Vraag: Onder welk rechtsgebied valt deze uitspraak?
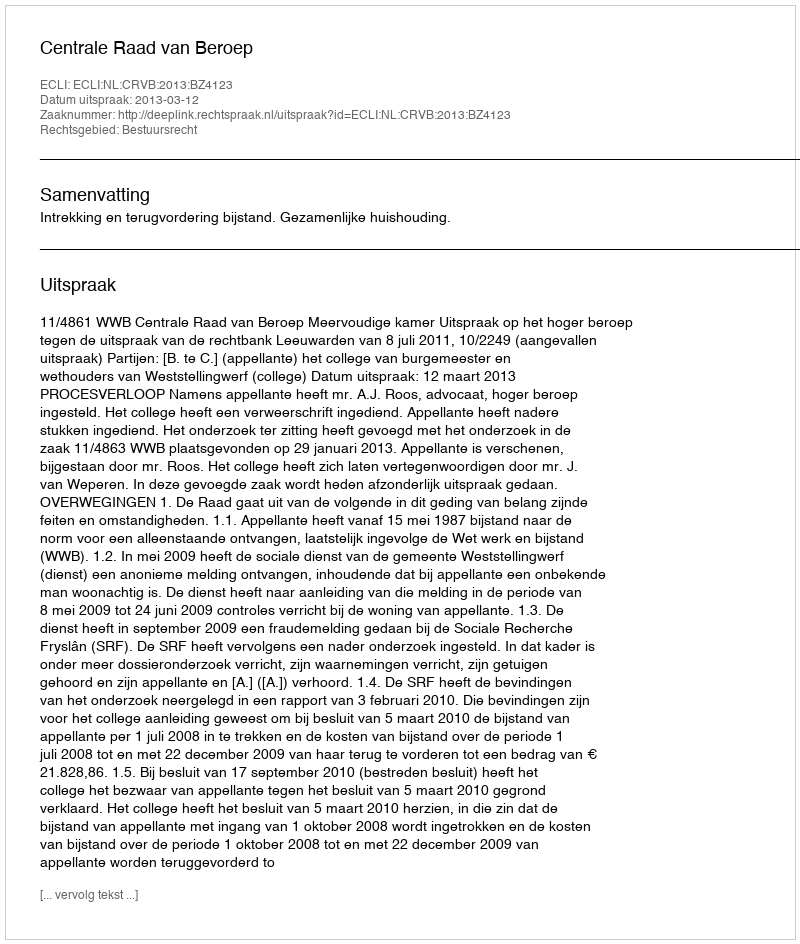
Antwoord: Bestuursrecht